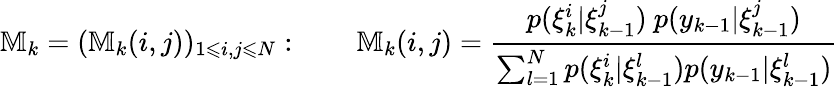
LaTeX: \mathbb{M}_{k}=(\mathbb{M}_{k}(i,j))_{1\leqslant i,j\leqslant N}:\qquad\mathbb{M}_{k}(i,j)={\frac{p(\xi_{k}^{i}|\xi_{k-1}^{j})~p(y_{k-1}|\xi_{k-1}^{j})}{\sum_{l=1}^{N}p(\xi_{k}^{i}|\xi_{k-1}^{l})p(y_{k-1}|\xi_{k-1}^{l})}}